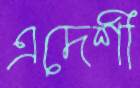
এদেশী